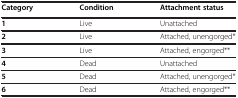
| Category | Condition | Attachment status |
 | --- | --- | --- |
 | 1 | Live | Unattached |
 | 2 | Live | Attached, unengorged* |
 | 3 | Live | Attached, engorged** |
 | 4 | Dead | Unattached |
 | 5 | Dead | Attached, unengorged* |
 | 6 | Dead | Attached, engorged** |